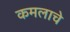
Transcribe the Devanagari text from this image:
कमलाचे